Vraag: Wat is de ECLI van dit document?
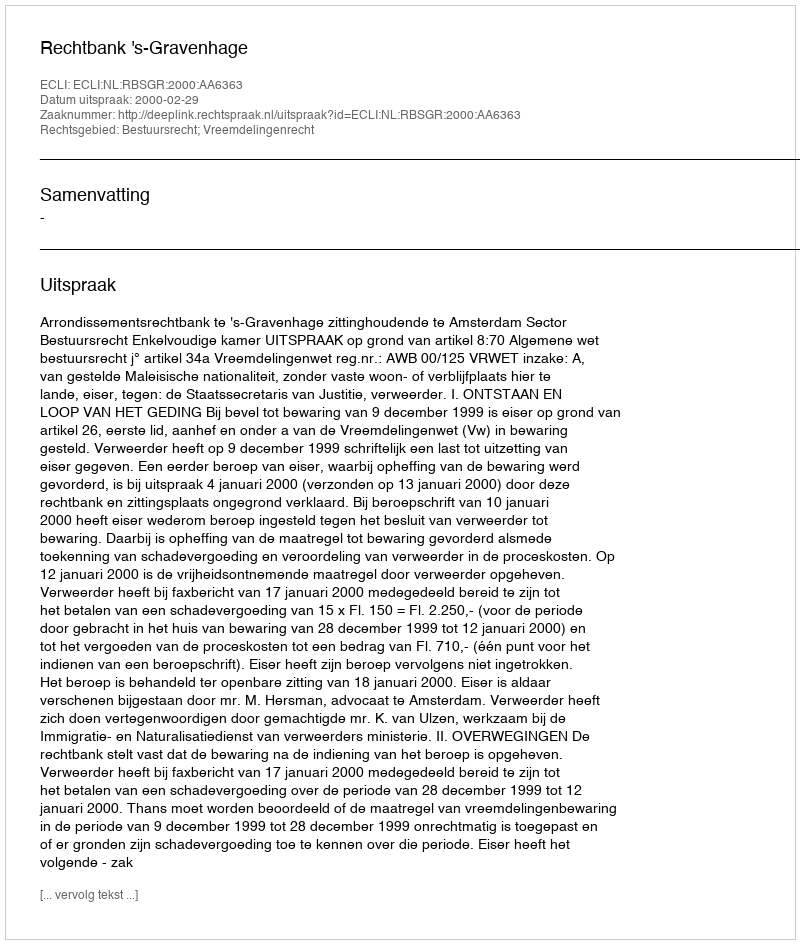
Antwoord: ECLI:NL:RBSGR:2000:AA6363